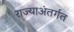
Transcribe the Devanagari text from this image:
राज्याअंतर्गत